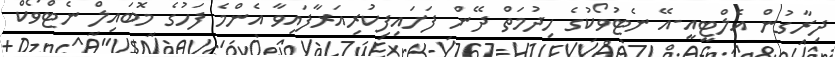
ދިރާގުން އެލްޓީއީ-އޭ ނެޓުވޯކުގެ ހިދުމަތް ދޭން ފަށައިފިކުރިއަރާފައިވާ އެންމެ ފަހުގެ މޮބައިލް ނެޓްވޯކް